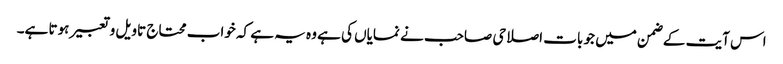
اس آیت کے ضمن میں جو بات اصلاحی صاحب نے نمایاں کی ہے وہ یہ ہے کہ خواب محتاج تاویل و تعبیر ہوتا ہے۔